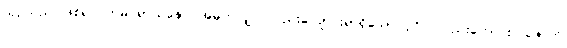
ယှဉ်သည် ဖြစ်၍။ တမပရာယနော၊ အမိုက်လျှင် လည်းလျောင်းရာရှိသော ပုဂ္ဂိုလ်လည်းကောင်း။ ဇောတိ၊